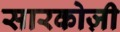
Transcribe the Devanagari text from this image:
सारकोज़ी